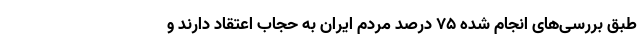
طبق بررسی‌های انجام شده ۷۵ درصد مردم ایران به حجاب اعتقاد دارند و